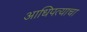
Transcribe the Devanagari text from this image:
आधिपत्याचा